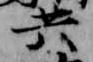
共